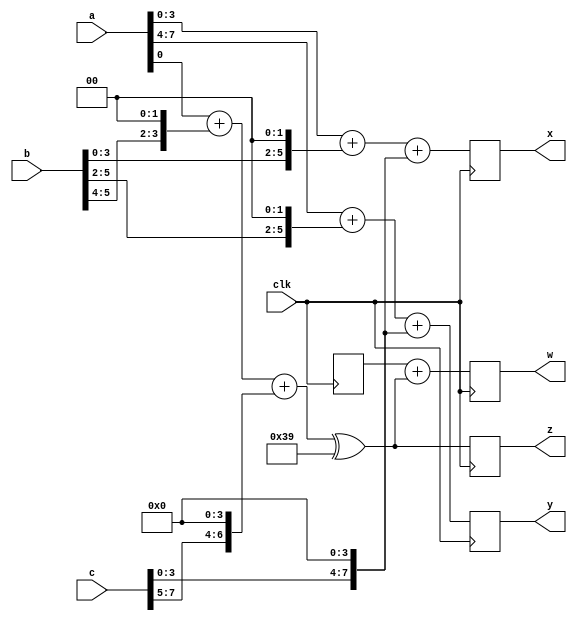
module task_func_test01(clk, a, b, c, x, y, z, w);

input clk;
input [7:0] a, b, c;
output reg [7:0] x, y, z, w;

function [7:0] sum_shift;
input [3:0] s1, s2, s3;
sum_shift = s1 + (s2 << 2) + (s3 << 4);
endfunction

task reset_w;
w = 0;
endtask

task add_to;
output [7:0] out;
input [7:0] in;
out = out + in;
endtask

always @(posedge clk) begin
	x = sum_shift(a, b, c);
	y = sum_shift(a[7:4], b[5:2], c[3:0]);
	z = sum_shift(a[0], b[5:4], c >> 5) ^ sum_shift(1, 2, 3);

	reset_w;
	add_to(w, x);
	add_to(w, y);
	add_to(w, z);
end

endmodule